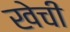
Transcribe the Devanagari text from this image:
खेची